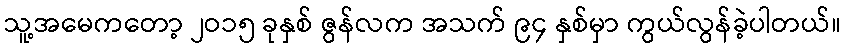
သူ့အမေကတော့ ၂ဝ၁၅ ခုနှစ် ဇွန်လက အသက် ၉၄ နှစ်မှာ ကွယ်လွန်ခဲ့ပါတယ်။